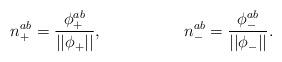
LaTeX: \begin{align*}n_{+}^{ab}=\frac{\phi _{+}^{ab}}{||\phi _{+}||},\quad \quad \quad \quad\quad n_{-}^{ab}=\frac{\phi _{-}^{ab}}{||\phi _{-}||}.\end{align*}